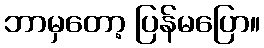
ဘာမှတော့ ပြန်မပြော။